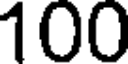
100